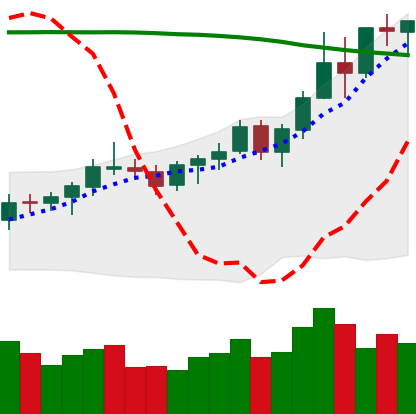
Ticker: BNB-USD
Chart end date: 2021-08-15
Forward return: 9.73%
Label: up_7plus